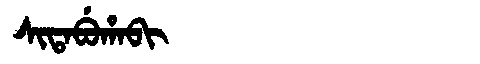
Manchu: ᠰᡳᡨᠠᠪᡠᡥᠠᠪᡳ
Romanization: SITABUHABI